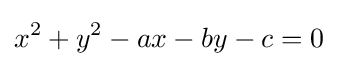
x^{2}+y^{2}-ax-by-c=0